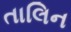
તાલિન